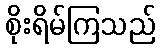
စိုးရိမ်ကြသည်